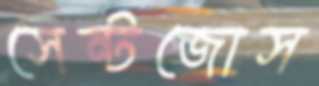
সেন্টজোস